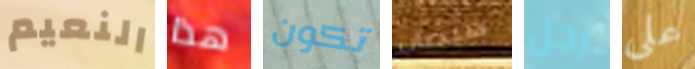
النعيم هذا تكون سيصاب رجل على